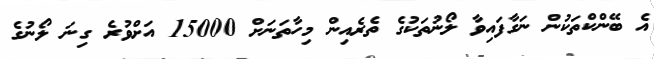
އެ ބޭންކްތަކުން ނަގާފައިވާ ލޯނުތަކުގެ ތެރެއިން މިހާތަނަށް 15000 އަށްވުރެ ގިނަ ލޯނުގެ